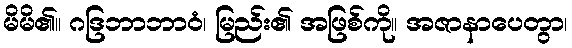
မိမိ၏။ ဂဒြဘာဘာဝံ၊ မြည်း၏ အဖြစ်ကို။ အဇာနာပေတွာ၊